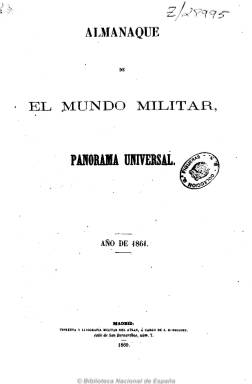
Título: Almanaque de El Mundo militar
Otros títulos: Título: Almanaque de El panorama universal, mundo militar, 1862-1863 || Almanaque de El Mundo militar, panorama universal
Colección: Almanaques || Cultura
Ámbito geográfico: Madrid
Lugar de publicación: Madrid
Fechas: 01/01/1861-31/12/1865

Almanaque que acompañaba de 1860 a 1865 a la revista gráfica “El Mundo militar”. Estaba ilustrado y contenía, además del calendario y fiestas para todo el año, noticias sobre batallas y combates célebres de la historia de España, reyes españoles y europeos, biografías de militares e historia mundial.